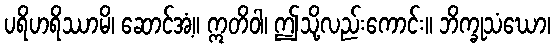
ပရိဟရိဿာမိ၊ ဆောင်အံ့။ ဣတိဝါ၊ ဤသို့လည်းကောင်း။ ဘိက္ခုသံဃော၊